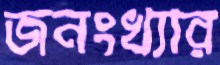
জনংখ্যার